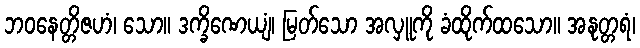
ဘဝနေတ္တိဇဟံ၊ သော။ ဒက္ခိဏေယျံ၊ မြတ်သော အလှူကို ခံထိုက်ထသော။ အနုတ္တရံ၊